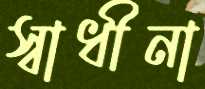
স্বাধীনা